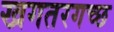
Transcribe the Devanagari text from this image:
खगतरगच्छ